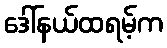
ဒေါ်နယ်ထရမ့်က